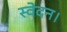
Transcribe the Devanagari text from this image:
स्वेदन।